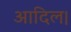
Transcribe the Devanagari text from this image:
आदिल।